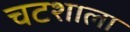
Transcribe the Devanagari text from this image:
चटशाला